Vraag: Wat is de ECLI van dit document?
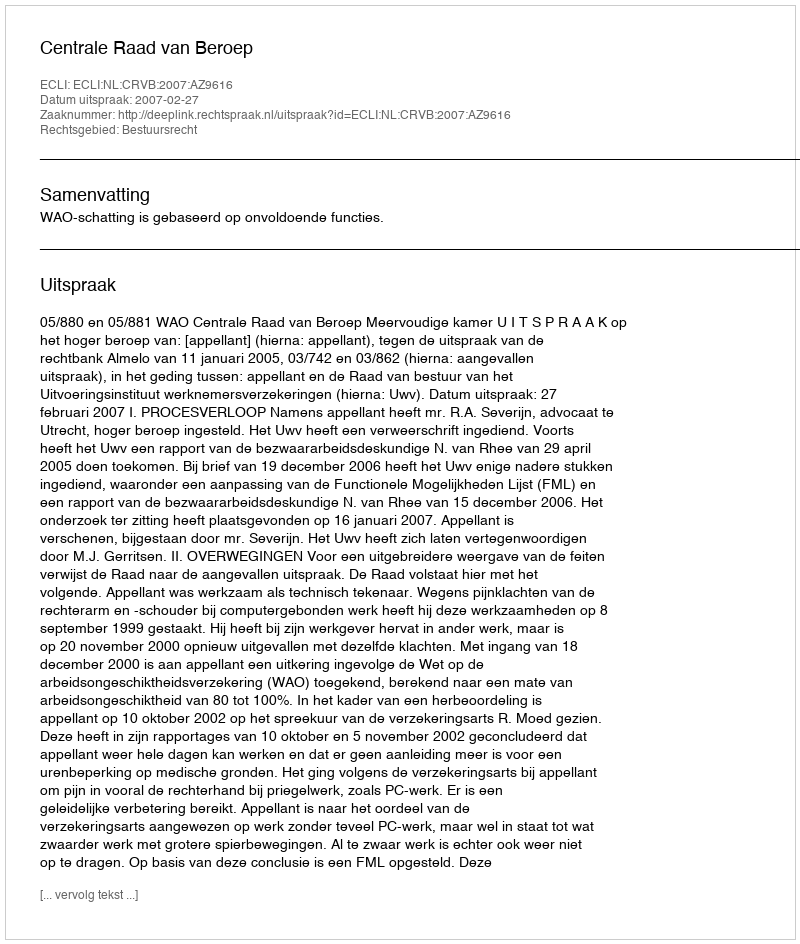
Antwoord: ECLI:NL:CRVB:2007:AZ9616